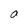
Character: a